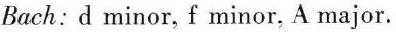
Bach: d minor, f minor, A major.